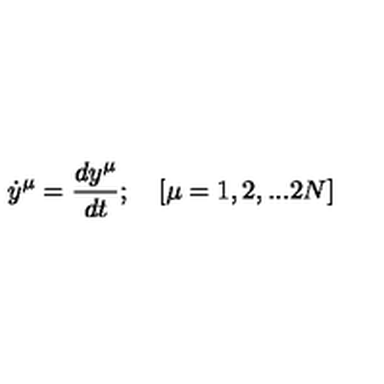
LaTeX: { \dot { y } } ^ { \mu } = { \frac { d y ^ { \mu } } { d t } } ; \quad [ \mu = 1 , 2 , . . . 2 N ]